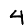
Digit: 4